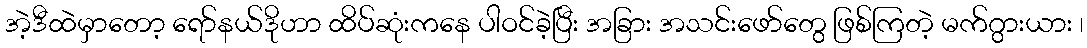
အဲ့ဒီထဲမှာတော့ ရော်နယ်ဒိုဟာ ထိပ်ဆုံးကနေ ပါဝင်ခဲ့ပြီး အခြား အသင်းဖော်တွေ ဖြစ်ကြတဲ့ မက်ဂွားယား ၊